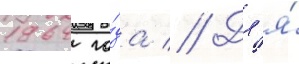
1964 го́да // Дл'я́